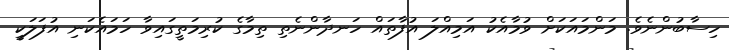
ހިސާބުންނެވެ. މަންމައަކަށް ވުމާއެކު އަމިއްލަ އުފާތައް ހަނދާންނެތި ތިމާގެ ކުރިމަތީގައިވާ ހަމައެކަނި އުފަލަކީ